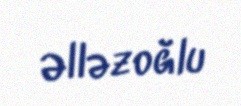
Əlləzoğlu